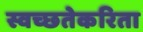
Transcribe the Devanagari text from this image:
स्वच्छतेकरिता